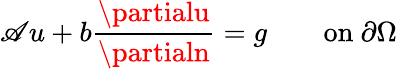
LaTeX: \mathscr{A}u+b{\frac{{\partialu}}{{\partialn}}}=g\qquad{\mathrm{{on~}}}\partial\Omega